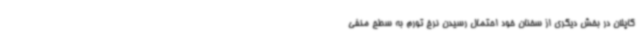
کاپلان در بخش دیگری از سخنان خود احتمال رسیدن نرخ تورم به سطح منفی